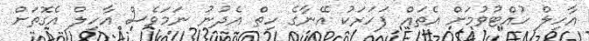
އާހިލް ހުއްޓުވުމަށް އެތައް ފަހަރަކު އޭނާގެ ހިތް އެދުނު ނަމަވެސް އާހިލް އެގޮތަށް